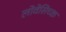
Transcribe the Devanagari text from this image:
लोवेसिच्क